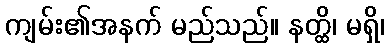
ကျမ်း၏အနက် မည်သည်။ နတ္ထိ၊ မရှိ၊